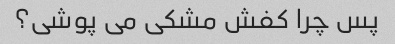
پس چرا کفش مشکی می پوشی؟